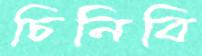
চিনিবি